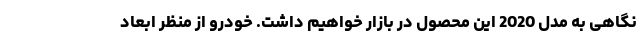
نگاهی به مدل 2020 این محصول در بازار خواهیم داشت. خودرو از منظر ابعاد